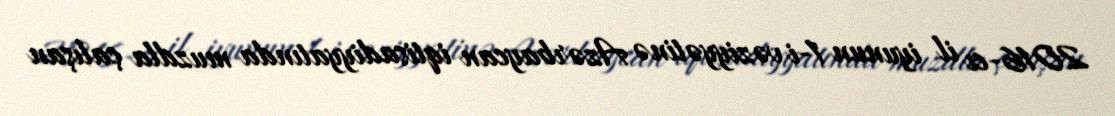
2016-cı il iyunun 1-i vəziyyətinə Azərbaycan iqtisadiyyatında muzdla çalışan